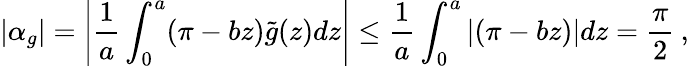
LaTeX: |\alpha_{g}|=\left|\frac{1}{a}\int_{0}^{a}(\pi-bz)\tilde{g}(z)dz\right|\leq\frac{1}{a}\int_{0}^{a}\left|(\pi-bz)\right|dz=\frac{\pi}{2}\: ,